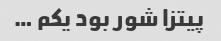
پیتزا شور بود یکم …